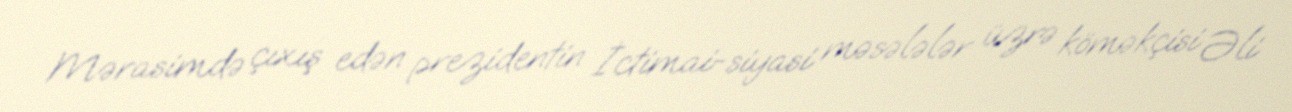
Mərasimdə çıxış edən prezidentin İctimai-siyasi məsələlər üzrə köməkçisi Əli